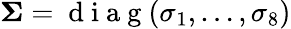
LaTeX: \boldsymbol{\Sigma}=\mathrm{~d~i~a~g~}(\sigma_{1},\dots,\sigma_{8})